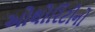
ઓથોરિટીનો